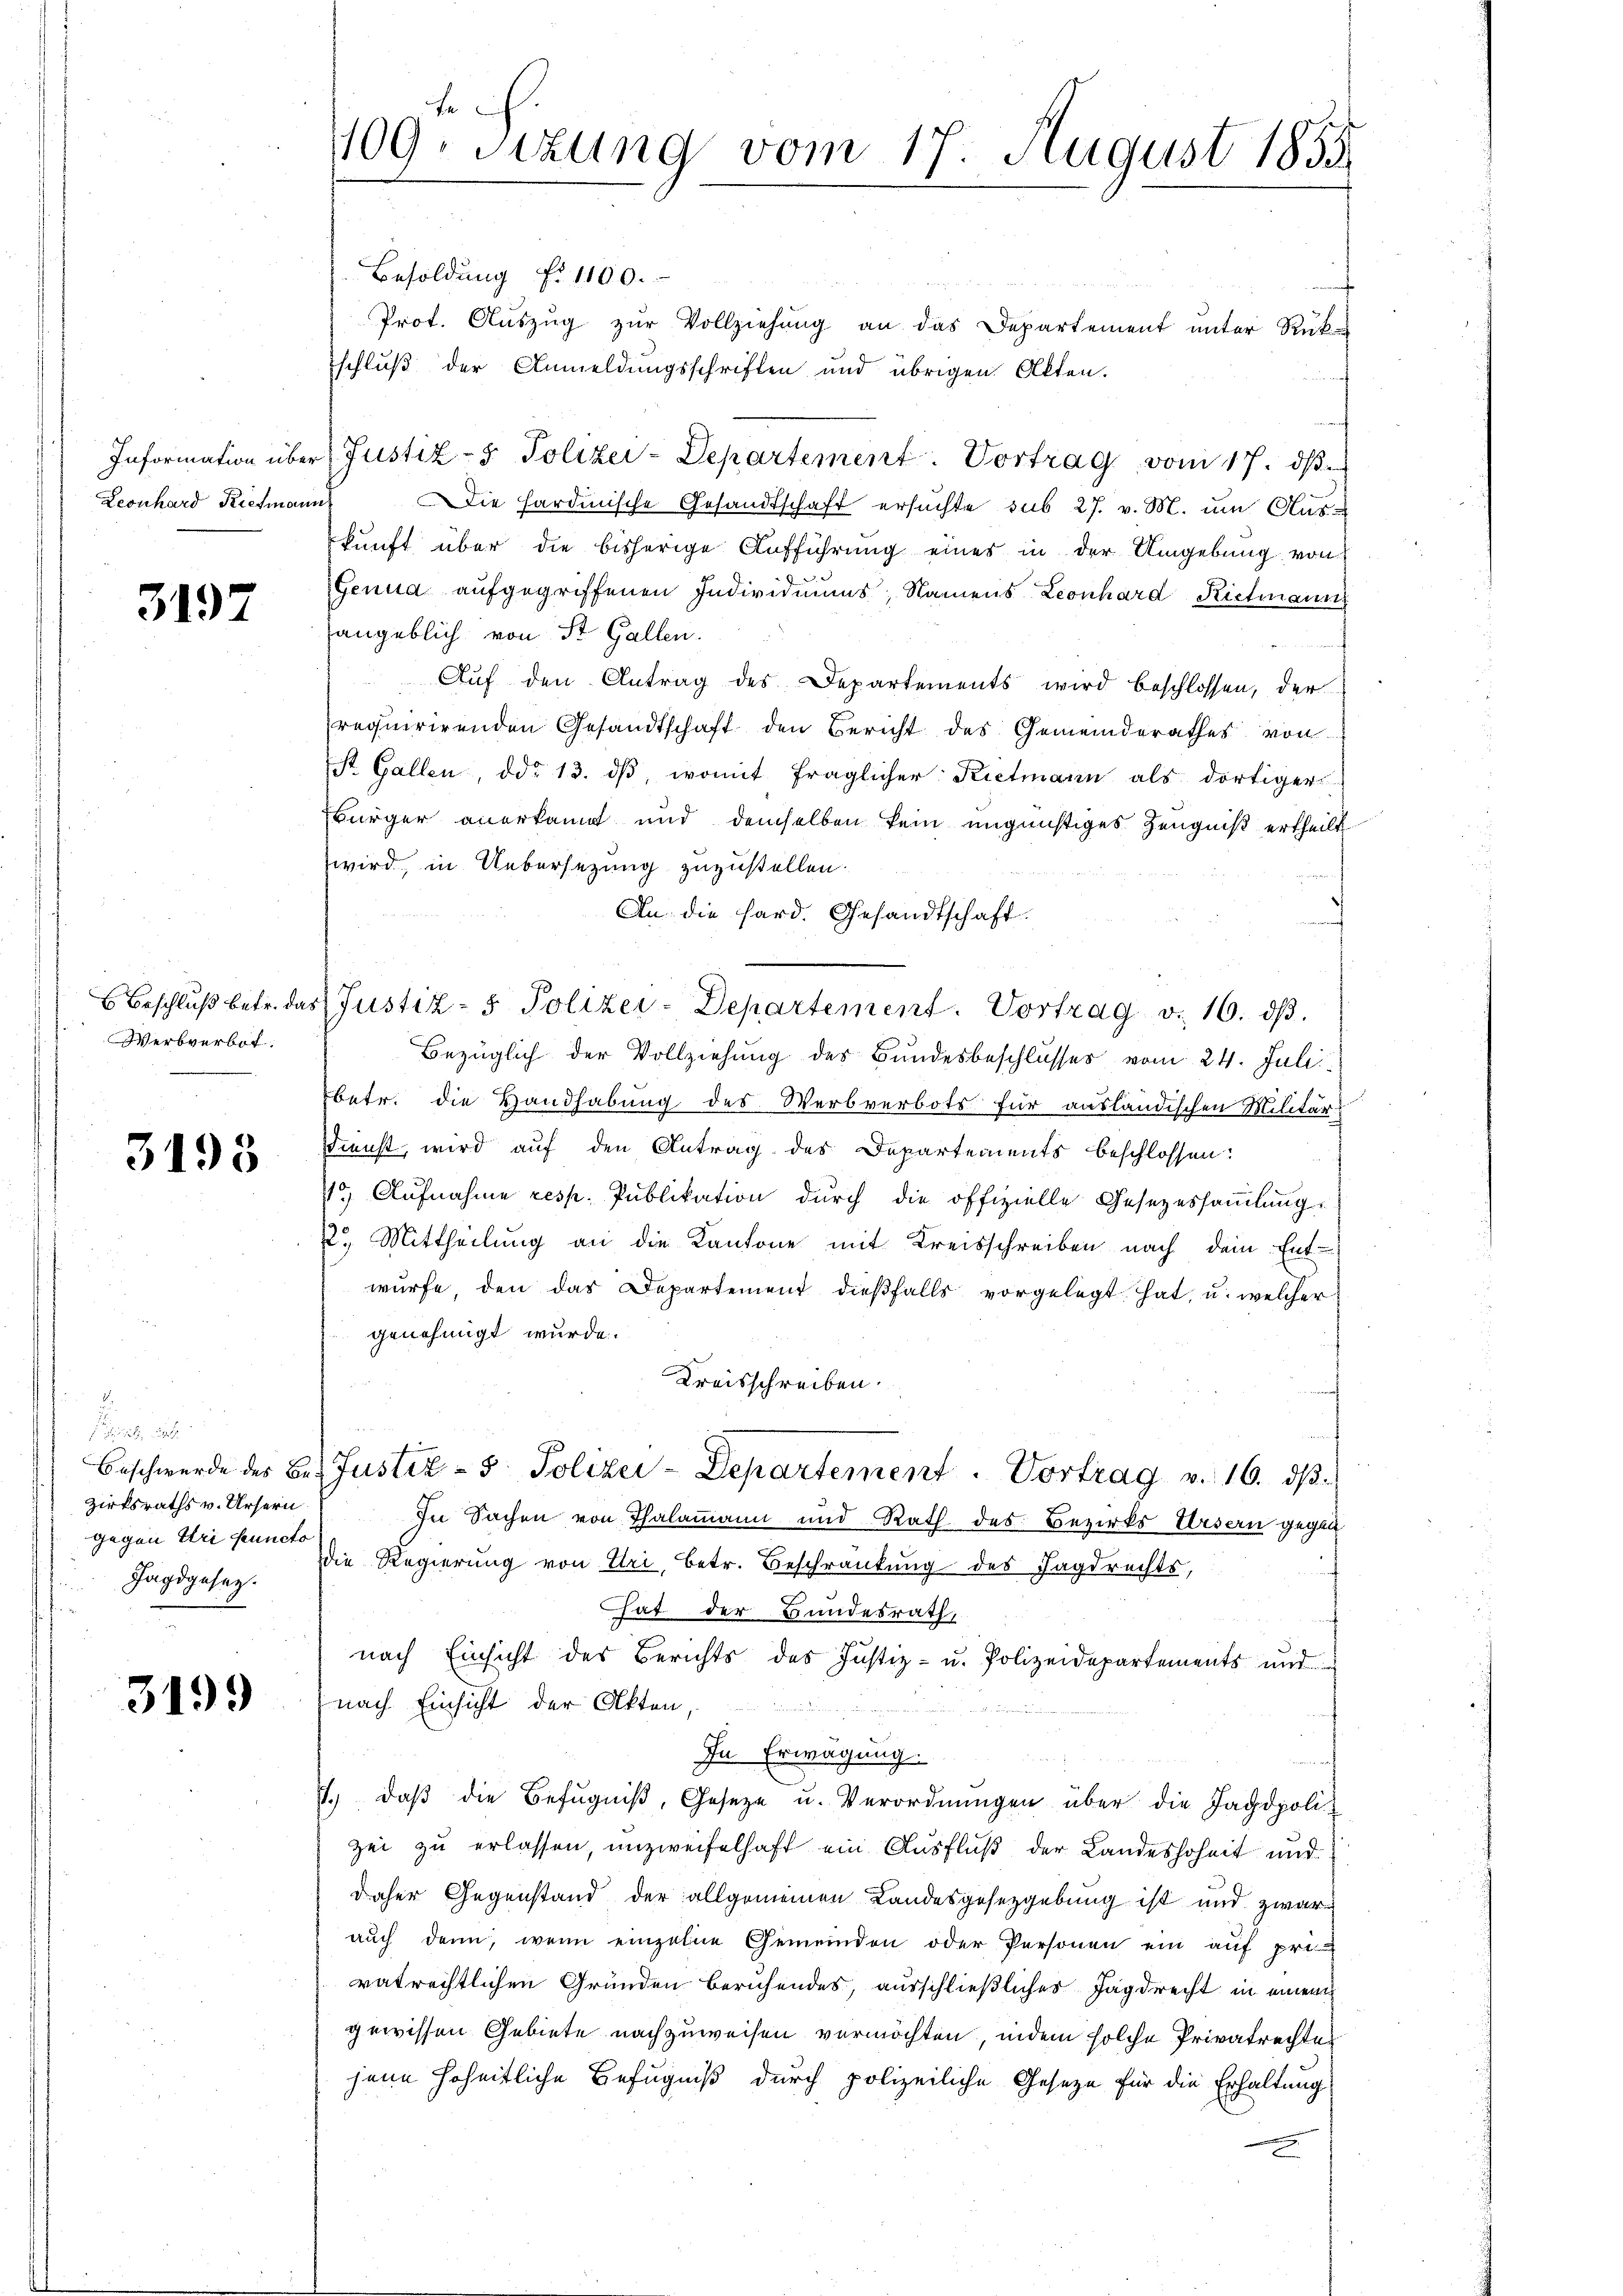
Leonhard Kiefmann

3197

Werbverbot.

3195

zirksraths v. Ursern
gegen Uri Puncto
Jagdgesetz.

3199

fe
109. Sitzung vom 17. August 1855.

Besoldung f. 1100.
Prot. Auszug zur Vollziehung an das Departement unter Rück-
schluß der Anmeldungsschriften und übrigen Akten.
Information über Justiz- & Polizei-Departement. Vortrag vom 17. ds.
Die hardinische Gesandtschaft ersuchte sub 27. v. M. um Auskunft über die bisherige Aufführung eines in der Umgebung von
Genua aufgegriffenen Individuums, Namens Leonhard Richinaus
hangeblich von St. Gallen.
Auf den Antrag des Departements wird beschlossen, der
requirirenden Gesandtschaft den Bericht des Gemeinderathes von
St. Gallen, ddo 13. dβ, womit fraglicher Kictmann als dortiger
Bürger anerkannt und demselben kein ungünstiges Zeugniß ertheilt
wird, in Uebersezung zuzustellen.
f
An die Hard. Gesandtschaft.
Beschluß betr. das Justiz- & Polizei-Departement. Vortrag v. 16. dβ.
Bezüglich der Vollziehung der Bundesbeschlusses vom 24. Juli
betr. die Handhabung des Werbverbots für ausländischen Militär-
Dienst, wird auf den Antrag des Departements beschlossen:
1) Aufnahme resp. Publikation durch die offizielle Gesezessammlung
2. Mittheilung an die Kantone mit Kreisschreiben nach dem Ent-
würfe, den das Departement dießfalls vorgelegt hat, u. welcher
genehmigt wurde.
Kreisschreiben.
Beschwerde des Be- Justiz- & Polizei-Departement. Vortrag v. 16. dβ.
In Sachen von Thalamann und Rath des Bezirks Ursern gegen
die Regierung von Uri, betr. Beschränkung des Jagdrechts,
hat der Bundesrath,
nach Einsicht des Berichts des Justiz- u. Polizeidepartements und
nach Einsicht der Akten,
In Erwägung.
1.) daß die Befugniß, Geseze u. Verordnungen über die Jagdpolizei zu erlassen, unzweifelhaft ein Ausfluß der Landeshoheit und
daher Gegenstand der allgemeinen Landesgesetzgebung ist und zwar
auch dann, wenn einzelne Gemeinden oder Personen ein auf pri-
vatrechtlichen Gründen beruhendes, ausschließlicher Jagdrecht in einem
gewissen Gebiete nachzuweisen vermöchten, indem solche Privatrechte
jene hoheitliche Befugniß durch polizeiliche Geseze für die Erhaltung